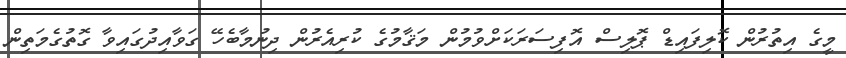
މީގެ އިތުރުން ކޮލިފައިޑް ޕޮލިސް އޮފިސަރަކަށްވުމުން މަޤާމުގެ ކުރިއެރުން ދިނުމާބެހޭ ގަވާއިދުގައިވާ ގޮތުގެމަތިން